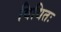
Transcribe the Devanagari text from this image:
विधितः